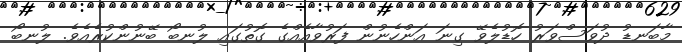
މާބަނޑު ދުވަސްވަރު ހޮޑުލެވޭ ގިނަ އަންހެނުން ފަރުވާއެއްގެ ގޮތުގައި ލުނބޯ ބޭނުންކުރެއެވެ. ލުނބޯ